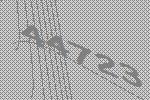
44723